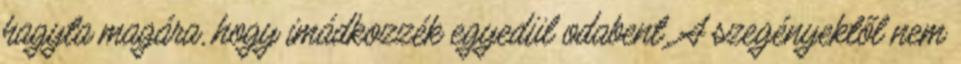
hagyta magára, hogy imádkozzék egyedül odabent. A szegényektől nem